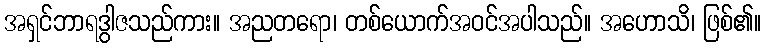
အရှင်ဘာရဒွါဇသည်ကား။ အညတရော၊ တစ်ယောက်အဝင်အပါသည်။ အဟောသိ၊ ဖြစ်၏။